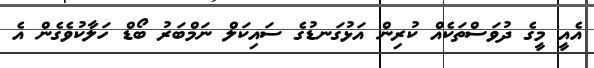
އެއީ މީގެ ދުވަސްތަކެއް ކުރިން އަޅުގަނޑުގެ ސައިކަލް ނަމްބަރު ބޯޑް ހަލާކުވެގެން އެ